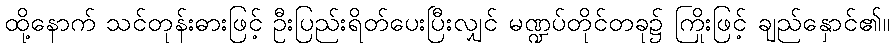
ထို့နောက် သင်တုန်းဓားဖြင့် ဦးပြည်းရိတ်ပေးပြီးလျှင် မဏ္ဍပ်တိုင်တခု၌ ကြိုးဖြင့် ချည်နှောင်၏။